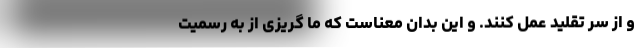
و از سر تقلید عمل کنند. و این بدان معناست که ما گریزی از به رسمیت